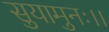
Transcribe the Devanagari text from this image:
सुयामुनः।।